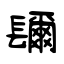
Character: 镾